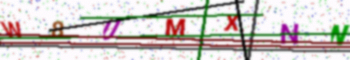
Text: W8UMXNN